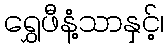
ရွှေဖီနံ့သာနှင့်၊